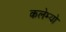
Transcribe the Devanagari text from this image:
कलेम्यो